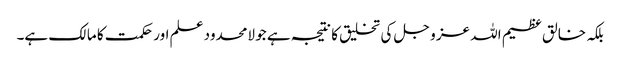
بلکہ خالق عظیم اللہ عز و جل کی تخلیق کا نتیجہ ہے جو لامحدود علم اور حکمت کا مالک ہے۔